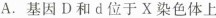
A.基因D和d位于X染色体上